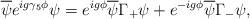
LaTeX: \begin{align*}\overline{\psi}e^{ig\gamma_5\phi}\psi = e^{ig\phi}\overline{\psi}\Gamma_+\psi + e^{-ig\phi}\overline{\psi}\Gamma_-\psi,\end{align*}